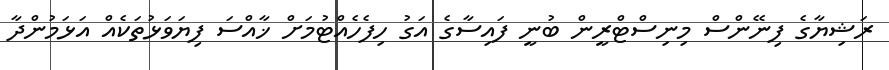
ރަޝިޔާގެ ފިނޭންސް މިނިސްޓްރީން ބުނީ ފައިސާގެ އަގު ހިފެހެއްޓުމަށް ޚާއްސަ ފިޔަވަޅުތަކެއް އަޅަމުންދާ